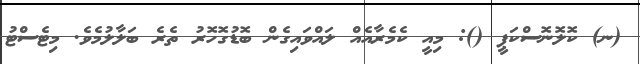
(ނ) ކޮލޮނޮސްކަޕީ (): މިއީ ކެމެރާއެއް ލައްވައިގެން ބޮޑުގޮހޮރު ތެރެ ބަލާލުމެވެ. މިޓެސްޓު